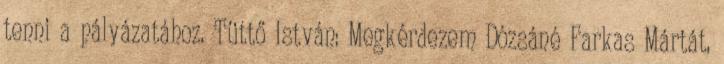
tenni a pályázatához. Tüttő István: Megkérdezem Dózsáné Farkas Mártát,